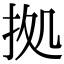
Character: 拠